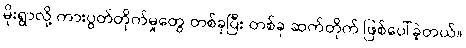
မိုးရွာလို့ ကားပွတ်တိုက်မှုတွေ တစ်ခုပြီး တစ်ခု ဆက်တိုက် ဖြစ်ပေါ်ခဲ့တယ်။